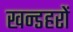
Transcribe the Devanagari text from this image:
खन्डहरों